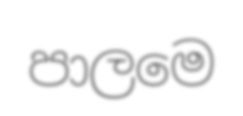
පාලමෙ